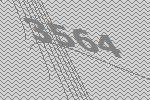
3564